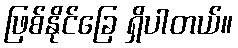
ဖြစ်နိုင်ခြေ ရှိပါတယ်။